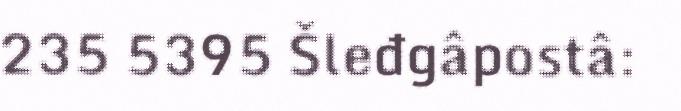
235 5395 Šleđgâpostâ: